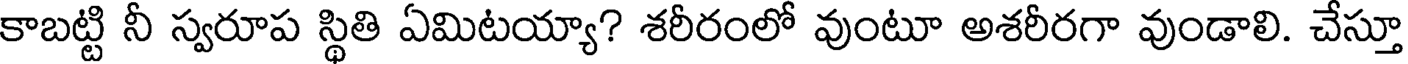
కాబట్టి నీ స్వరూప స్థితి ఏమిటయ్యా? శరీరంలో వుంటూ అశరీరగా వుండాలి. చేస్తూ